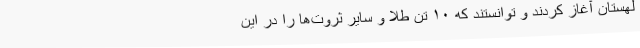
لهستان آغاز کردند و توانستند که ۱۰ تن طلا و سایر ثروت‌ها را در این